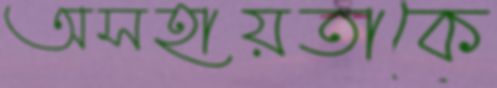
অসহায়তাকে